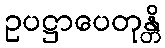
ဥပဋ္ဌာပေတုန္တိ